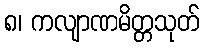
၈၊ ကလျာဏမိတ္တသုတ်